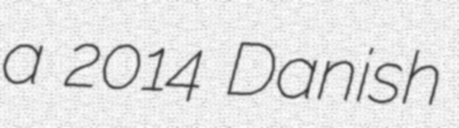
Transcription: a 2014 Danish